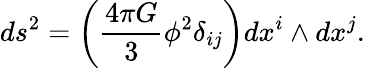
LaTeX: ds^{2}=\left(\frac{4\pi G}{3}\phi^{2}\delta_{ij}\right)dx^{i}\wedge dx^{j}.